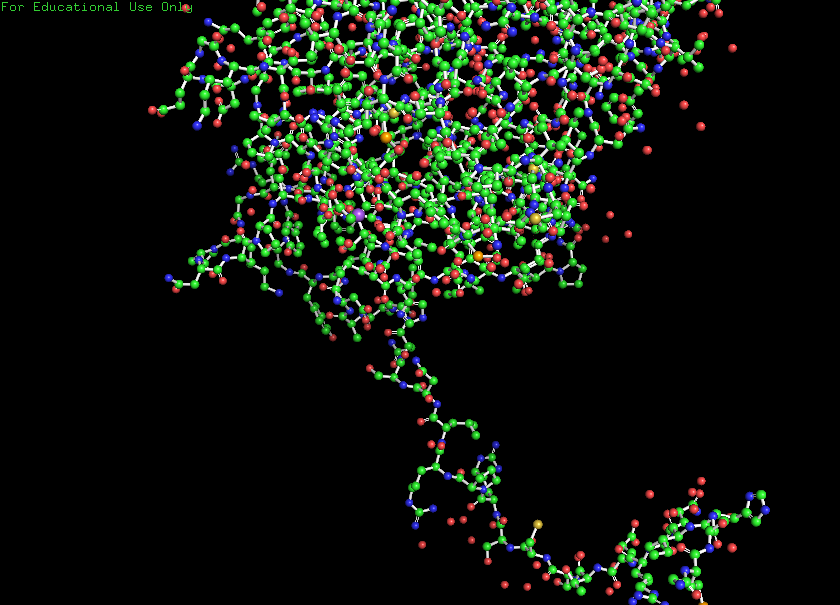
pymol, preset, ball_and_stick